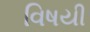
વિષયી